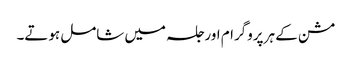
مشن کے ہر پروگرام اور جلسہ میں شامل ہوتے۔